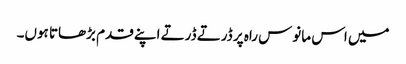
میں اس مانوس راہ پر ڈرتے ڈرتے اپنے قدم بڑھاتا ہوں۔